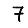
Digit: 7